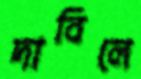
দাবিলে